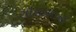
ગૌશાળાનો